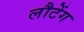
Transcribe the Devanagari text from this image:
लौटेंग